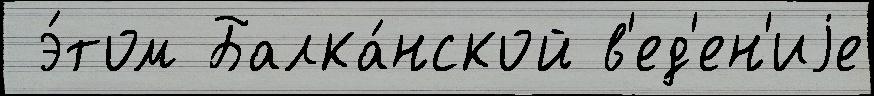
 э́том Балка́нской в'ед'ен'иjе